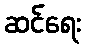
ဆင်ရေး